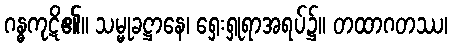
ဂန္ဓကုဋိ၏။ သမ္မုခဋ္ဌာနေ၊ ရှေးရှုရာအရပ်၌။ တထာဂတဿ၊